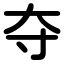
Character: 夺